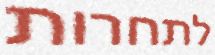
לתחרות